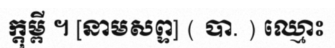
ក្តុម្ពី ។ [នាមសព្ទ] ( បា. ) ឈ្មោះ